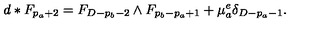
d * F _ { p _ { a } + 2 } = F _ { D - p _ { b } - 2 } \wedge F _ { p _ { b } - p _ { a } + 1 } + \mu _ { a } ^ { e } \delta _ { D - p _ { a } - 1 } .